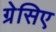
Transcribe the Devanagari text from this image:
ग्रेसिए